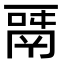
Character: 𩰬